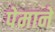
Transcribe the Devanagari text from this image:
पेमाने